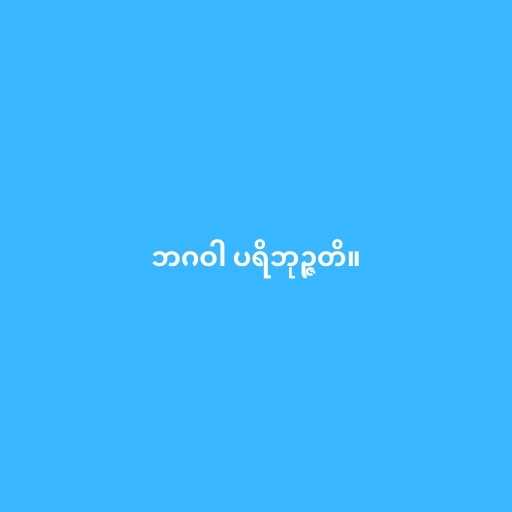
ဘဂဝါ ပရိဘုဉ္ဇတိ။